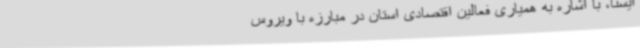
ایسنا، با اشاره به همیاری فعالین اقتصادی استان در مبارزه با ویروس